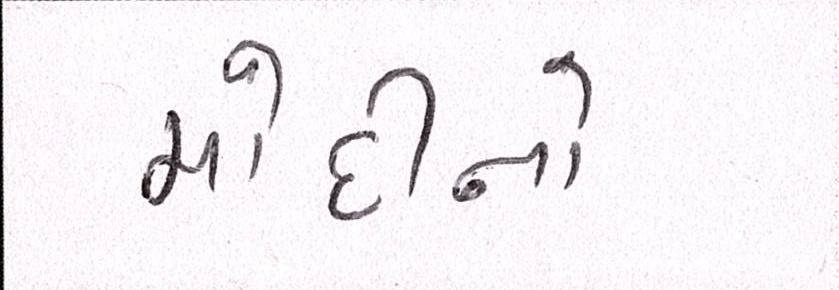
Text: મોદીનો